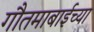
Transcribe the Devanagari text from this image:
गौतमाबाईच्या